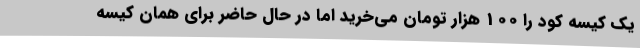
یک کیسه کود را 100 هزار تومان می‌خرید اما در حال حاضر برای همان کیسه